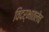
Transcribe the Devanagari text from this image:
विदर्भातलेच